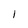
Character: 1